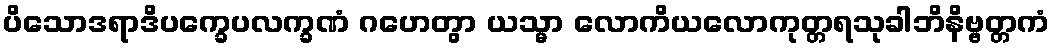
ပိသောဒရာဒိပက္ခေပလက္ခဏံ ဂဟေတွာ ယသ္မာ လောကိယလောကုတ္တရသုခါဘိနိဗ္ဗတ္တကံ